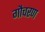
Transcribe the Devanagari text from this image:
गौचरण